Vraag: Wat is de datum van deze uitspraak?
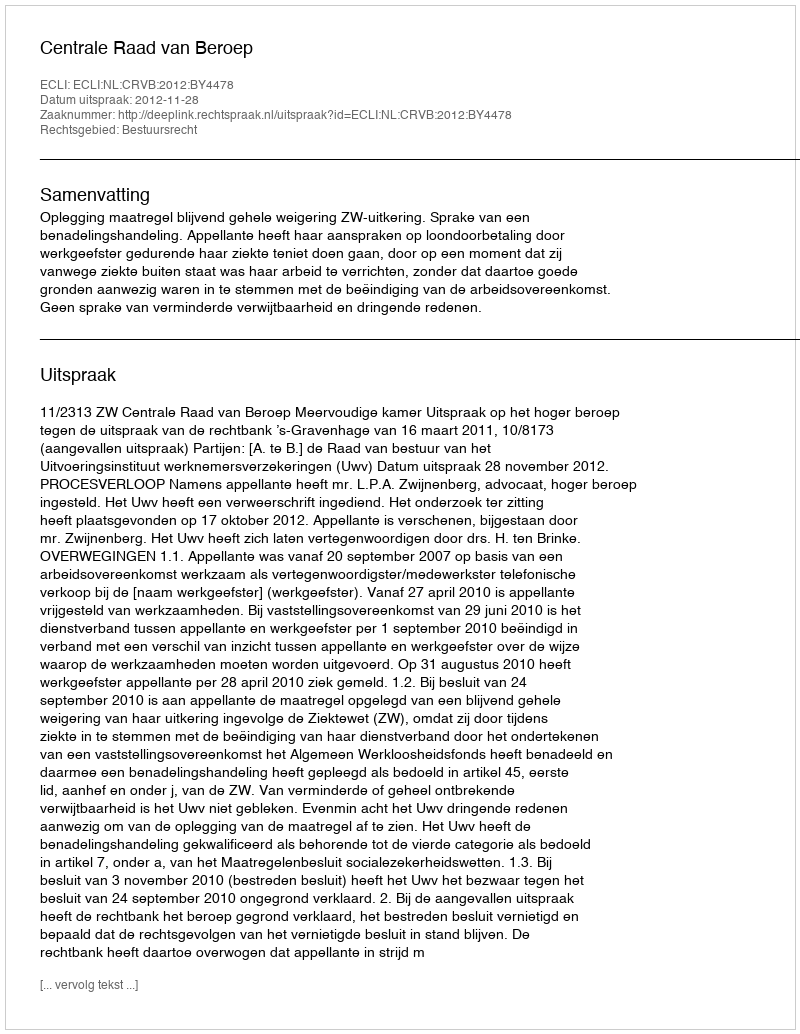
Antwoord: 2012-11-28